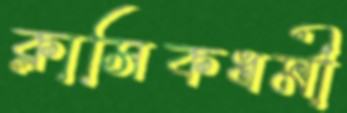
ক্লাসিকধর্মী